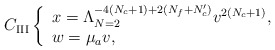
\begin{align*} C_{{\rm III}}\left\{ \begin{array}{l} x=\Lambda_{N=2}^{-4(N_c+1)+2(N_f+N_c')}v^{2(N_c+1)}, \\ w=\mu_a v, \end{array} \right.\end{align*}